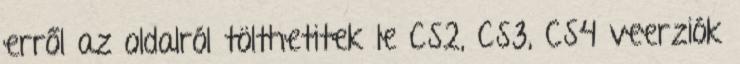
erről az oldalról tölthetitek le CS2, CS3, CS4 veerziók